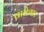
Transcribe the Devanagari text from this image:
वाकेश्वर